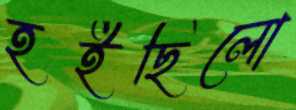
হইছিলো